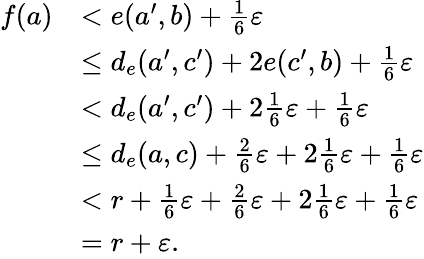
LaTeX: \begin{array}{rl}{f(a)}&{<e(a^{\prime},b)+\frac{1}{6}\varepsilon}\\ &{\leq d_{e}(a^{\prime},c^{\prime})+2e(c^{\prime},b)+\frac{1}{6}\varepsilon}\\ &{<d_{e}(a^{\prime},c^{\prime})+2\frac{1}{6}\varepsilon+\frac{1}{6}\varepsilon}\\ &{\leq d_{e}(a,c)+\frac{2}{6}\varepsilon+2\frac{1}{6}\varepsilon+\frac{1}{6}\varepsilon}\\ &{<r+\frac{1}{6}\varepsilon+\frac{2}{6}\varepsilon+2\frac{1}{6}\varepsilon+\frac{1}{6}\varepsilon}\\ &{=r+\varepsilon.}\end{array}